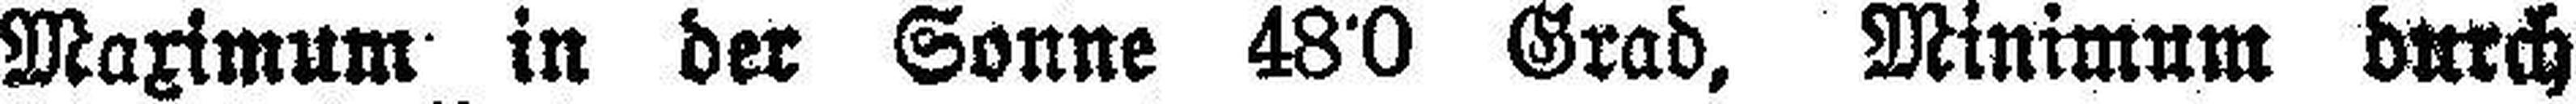
Maximum in der Sonne 48°0 Grad, Minimum durch